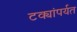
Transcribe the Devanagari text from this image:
टक्यांपर्यत